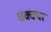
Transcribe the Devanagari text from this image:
धक्क्या